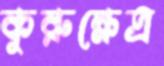
কুরুক্ষেত্র